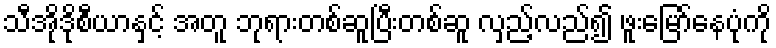
သီအိုဒိုစီယာနှင့် အတူ ဘုရားတစ်ဆူပြီးတစ်ဆူ လှည့်လည်၍ ဖူးမြော်နေပုံကို